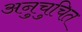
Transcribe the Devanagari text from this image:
अनुचुचित